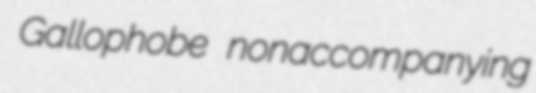
Gallophobe nonaccompanying